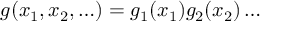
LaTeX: g ( x _ { 1 } , x _ { 2 } , \ldots ) = g _ { 1 } ( x _ { 1 } ) g _ { 2 } ( x _ { 2 } ) \ldots